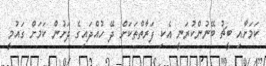
ކަމަށާއި ބީޗު ބޭނުންކުރަނީ އެކި ފަރާތްތަކަށް ދޭ ހުއްދައިގެ ދަށުން ކަމަށް ގައުމީ